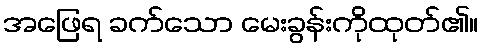
အဖြေရ ခက်သော မေးခွန်းကိုထုတ်၏။